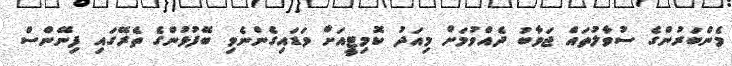
މެންބަރުންގެ ސުވާލުތައް ޖަވާބު ދެއްވުމަށް މިއަދު ކޮމިޓީއަށް ވަޑައިގެންނެވި ބޭފުޅުންގެ ތެރޭގައި ފިނޭންސް